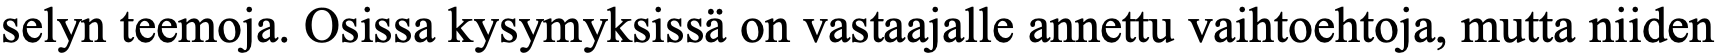
selyn teemoja. Osissa kysymyksissä on vastaajalle annettu vaihtoehtoja, mutta niiden